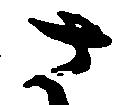
さ